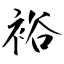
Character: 裕